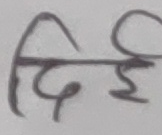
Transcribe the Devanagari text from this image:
दिई